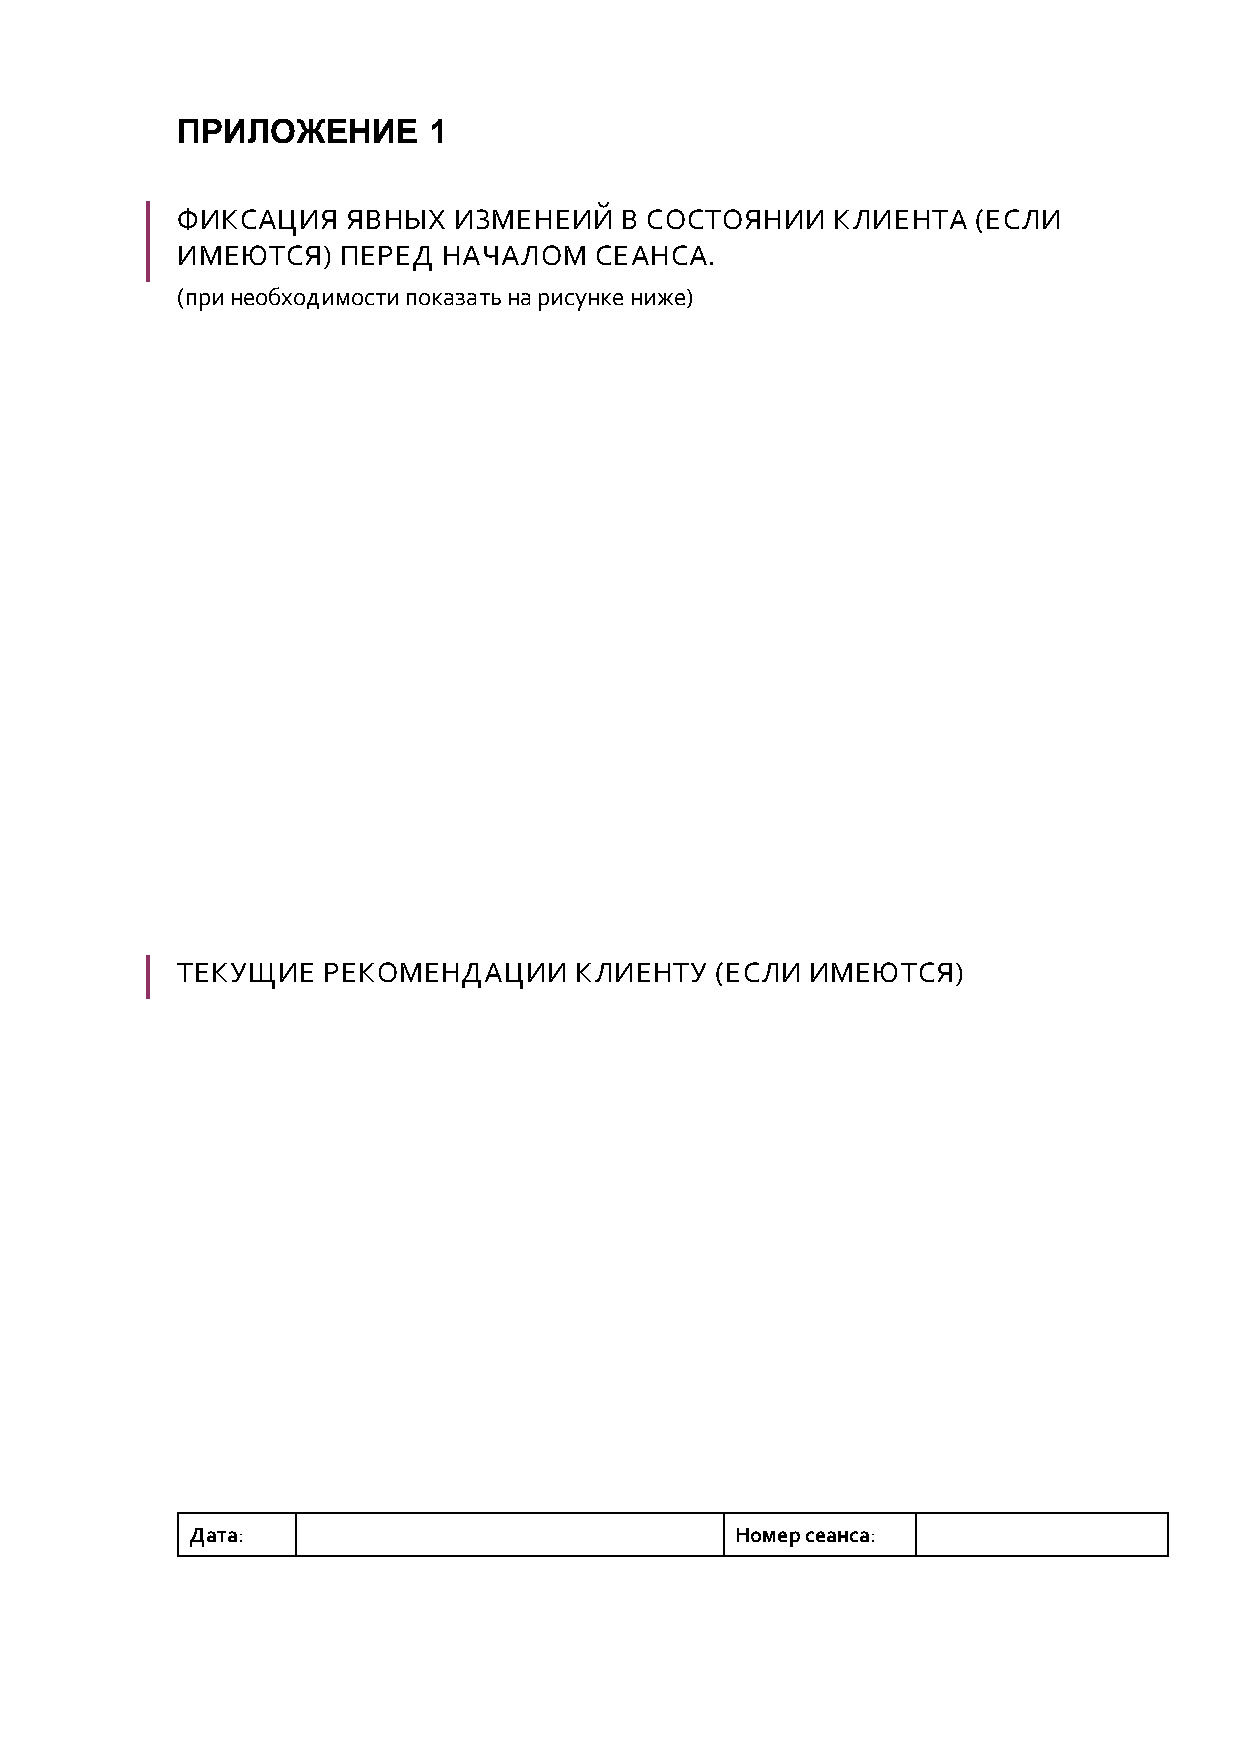
ПРИЛОЖЕНИЕ      1
 ФИКСАЦИЯ   ЯВНЫХ  ИЗМЕНЕИЙ   В СОСТОЯНИИ   КЛИЕНТА   (ЕСЛИ
 ИМЕЮТСЯ)  ПЕРЕД  НАЧАЛОМ   СЕАНСА.
 (при необходимости показать на рисунке ниже)
 ТЕКУЩИЕ  РЕКОМЕНДАЦИИ     КЛИЕНТУ  (ЕСЛИ  ИМЕЮТСЯ)
 Дата:                               Номер сеанса: